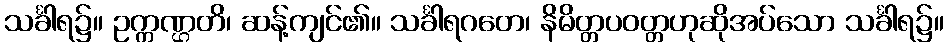
သင်္ခါရ၌။ ဥက္ကဏ္ဌတိ၊ ဆန့်ကျင်၏။ သင်္ခါရဂတေ၊ နိမိတ္တပဝတ္တဟုဆိုအပ်သော သင်္ခါရ၌။